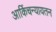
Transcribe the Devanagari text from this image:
आर्किचन्यायतन